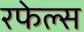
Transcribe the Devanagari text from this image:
रफेल्स